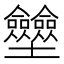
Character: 𡔗